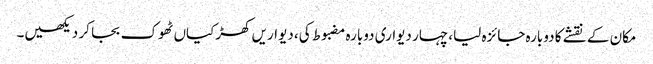
مکان کے نقشے کا دوبارہ جائزہ لیا، چہار دیواری دوبارہ مضبوط کی، دیواریں کھڑکیاں ٹھوک بجا کر دیکھیں۔